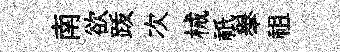
南欲䟦次械祇𦦙祖